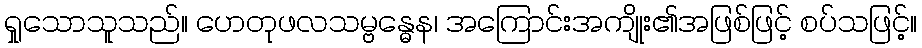
ရှုသောသူသည်။ ဟေတုဖလသမ္ဗန္ဓေန၊ အကြောင်းအကျိုး၏အဖြစ်ဖြင့် စပ်သဖြင့်။